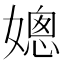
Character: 𡠴